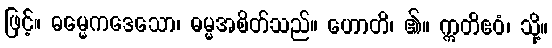
ဖြင့်။ ဓမ္မေကဒေသော၊ ဓမ္မအစိတ်သည်။ ဟောတိ၊ ၏။ ဣတိဧဝံ၊ သို့။